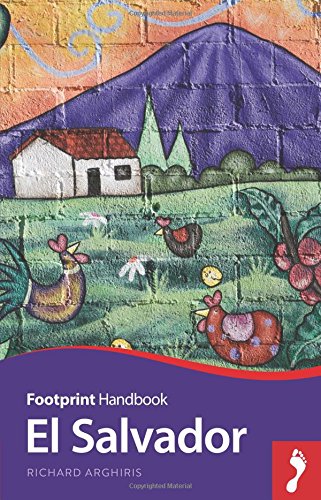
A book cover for El Salvador Handbook (Footprint - Handbooks); Richard Arghiris; Travel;